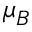
\mu _ { B }